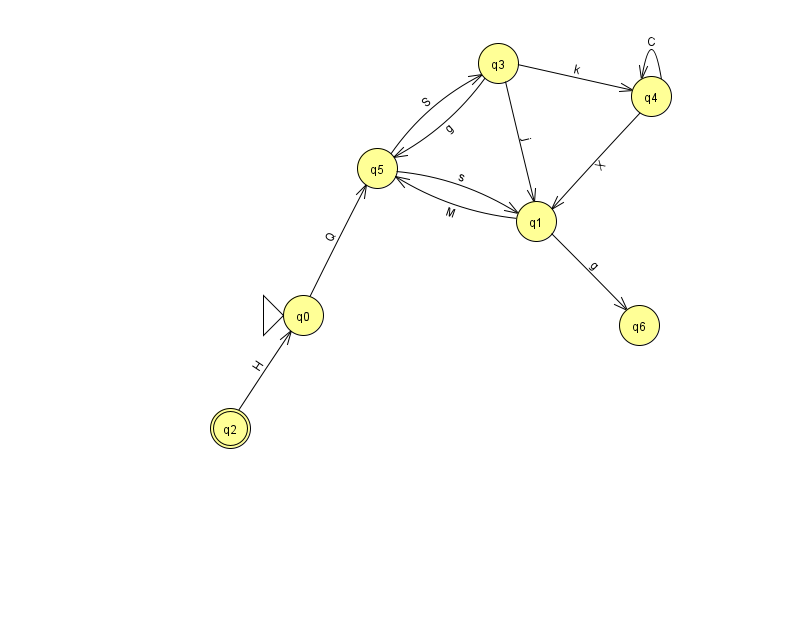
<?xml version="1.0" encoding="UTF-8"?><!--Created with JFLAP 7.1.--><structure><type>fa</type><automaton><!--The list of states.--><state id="0" name="q0"><x>303.0</x><y>302.0</y><initial/></state><state id="1" name="q1"><x>536.0</x><y>208.0</y></state><state id="2" name="q2"><x>230.0</x><y>415.0</y><final/></state><state id="3" name="q3"><x>498.0</x><y>50.0</y></state><state id="4" name="q4"><x>651.0</x><y>83.0</y></state><state id="5" name="q5"><x>377.0</x><y>155.0</y></state><state id="6" name="q6"><x>639.0</x><y>312.0</y></state><!--The list of transitions.--><transition><from>4</from><to>4</to><read>C</read></transition><transition><from>1</from><to>5</to><read>M</read></transition><transition><from>2</from><to>0</to><read>H</read></transition><transition><from>3</from><to>4</to><read>k</read></transition><transition><from>4</from><to>1</to><read>X</read></transition><transition><from>3</from><to>1</to><read>j</read></transition><transition><from>5</from><to>3</to><read>S</read></transition><transition><from>0</from><to>5</to><read>Q</read></transition><transition><from>5</from><to>1</to><read>s</read></transition><transition><from>3</from><to>5</to><read>g</read></transition><transition><from>1</from><to>6</to><read>g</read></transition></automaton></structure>